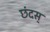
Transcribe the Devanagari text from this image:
छंदस्